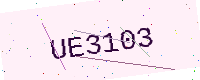
Text: UE3103